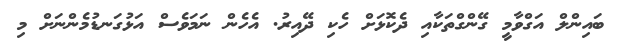
ބައިންލް އަގްވާމީ ގޭންގްތަކާއި ދެކޮޅަށް ހެކި ދޭއިރު. އެހެން ނަމަވެސް އަޅުގަނޑުމެންނަށް މި